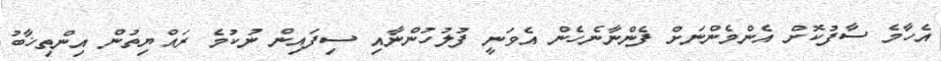
އެހާމެ ސާފުކޮށް އެންމެންނަށް ފެންނާނެހެން އެވަނީ ފުލުހުންނާއި ސިފައިން ނުކުމެ ރައްޔިތުން އިންތިޚާބު